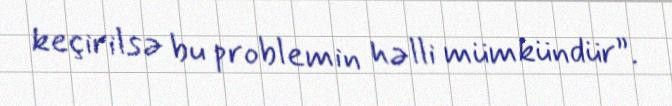
keçirilsə bu problemin həlli mümkündür”.